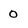
Character: 0